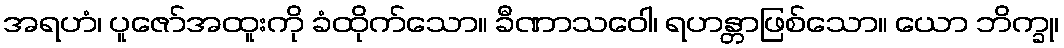
အရဟံ၊ ပူဇော်အထူးကို ခံထိုက်သော။ ခီဏာသဝေါ၊ ရဟန္တာဖြစ်သော။ ယော ဘိက္ခု၊